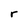
Character: r